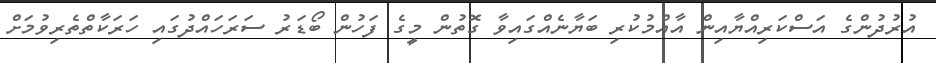
އުރުދުންގެ އަސްކަރިއްޔާއިން އާއްމުކުރި ބަޔާނެއްގައިވާ ގޮތުން މީގެ ފަހުން ބޯޑަރު ސަރަހައްދުގައި ހަރަކާތްތެރިވުމަށް